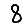
Digit: 8